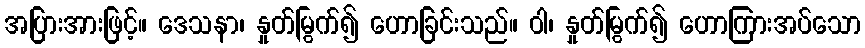
အပြားအားဖြင့်။ ဒေသနာ၊ နှုတ်မြွက်၍ ဟောခြင်းသည်။ ဝါ၊ နှုတ်မြွက်၍ ဟောကြားအပ်သော